65_HS1-834228961_62-HQ-83894_Section_2
Agency: FBI
Page 154
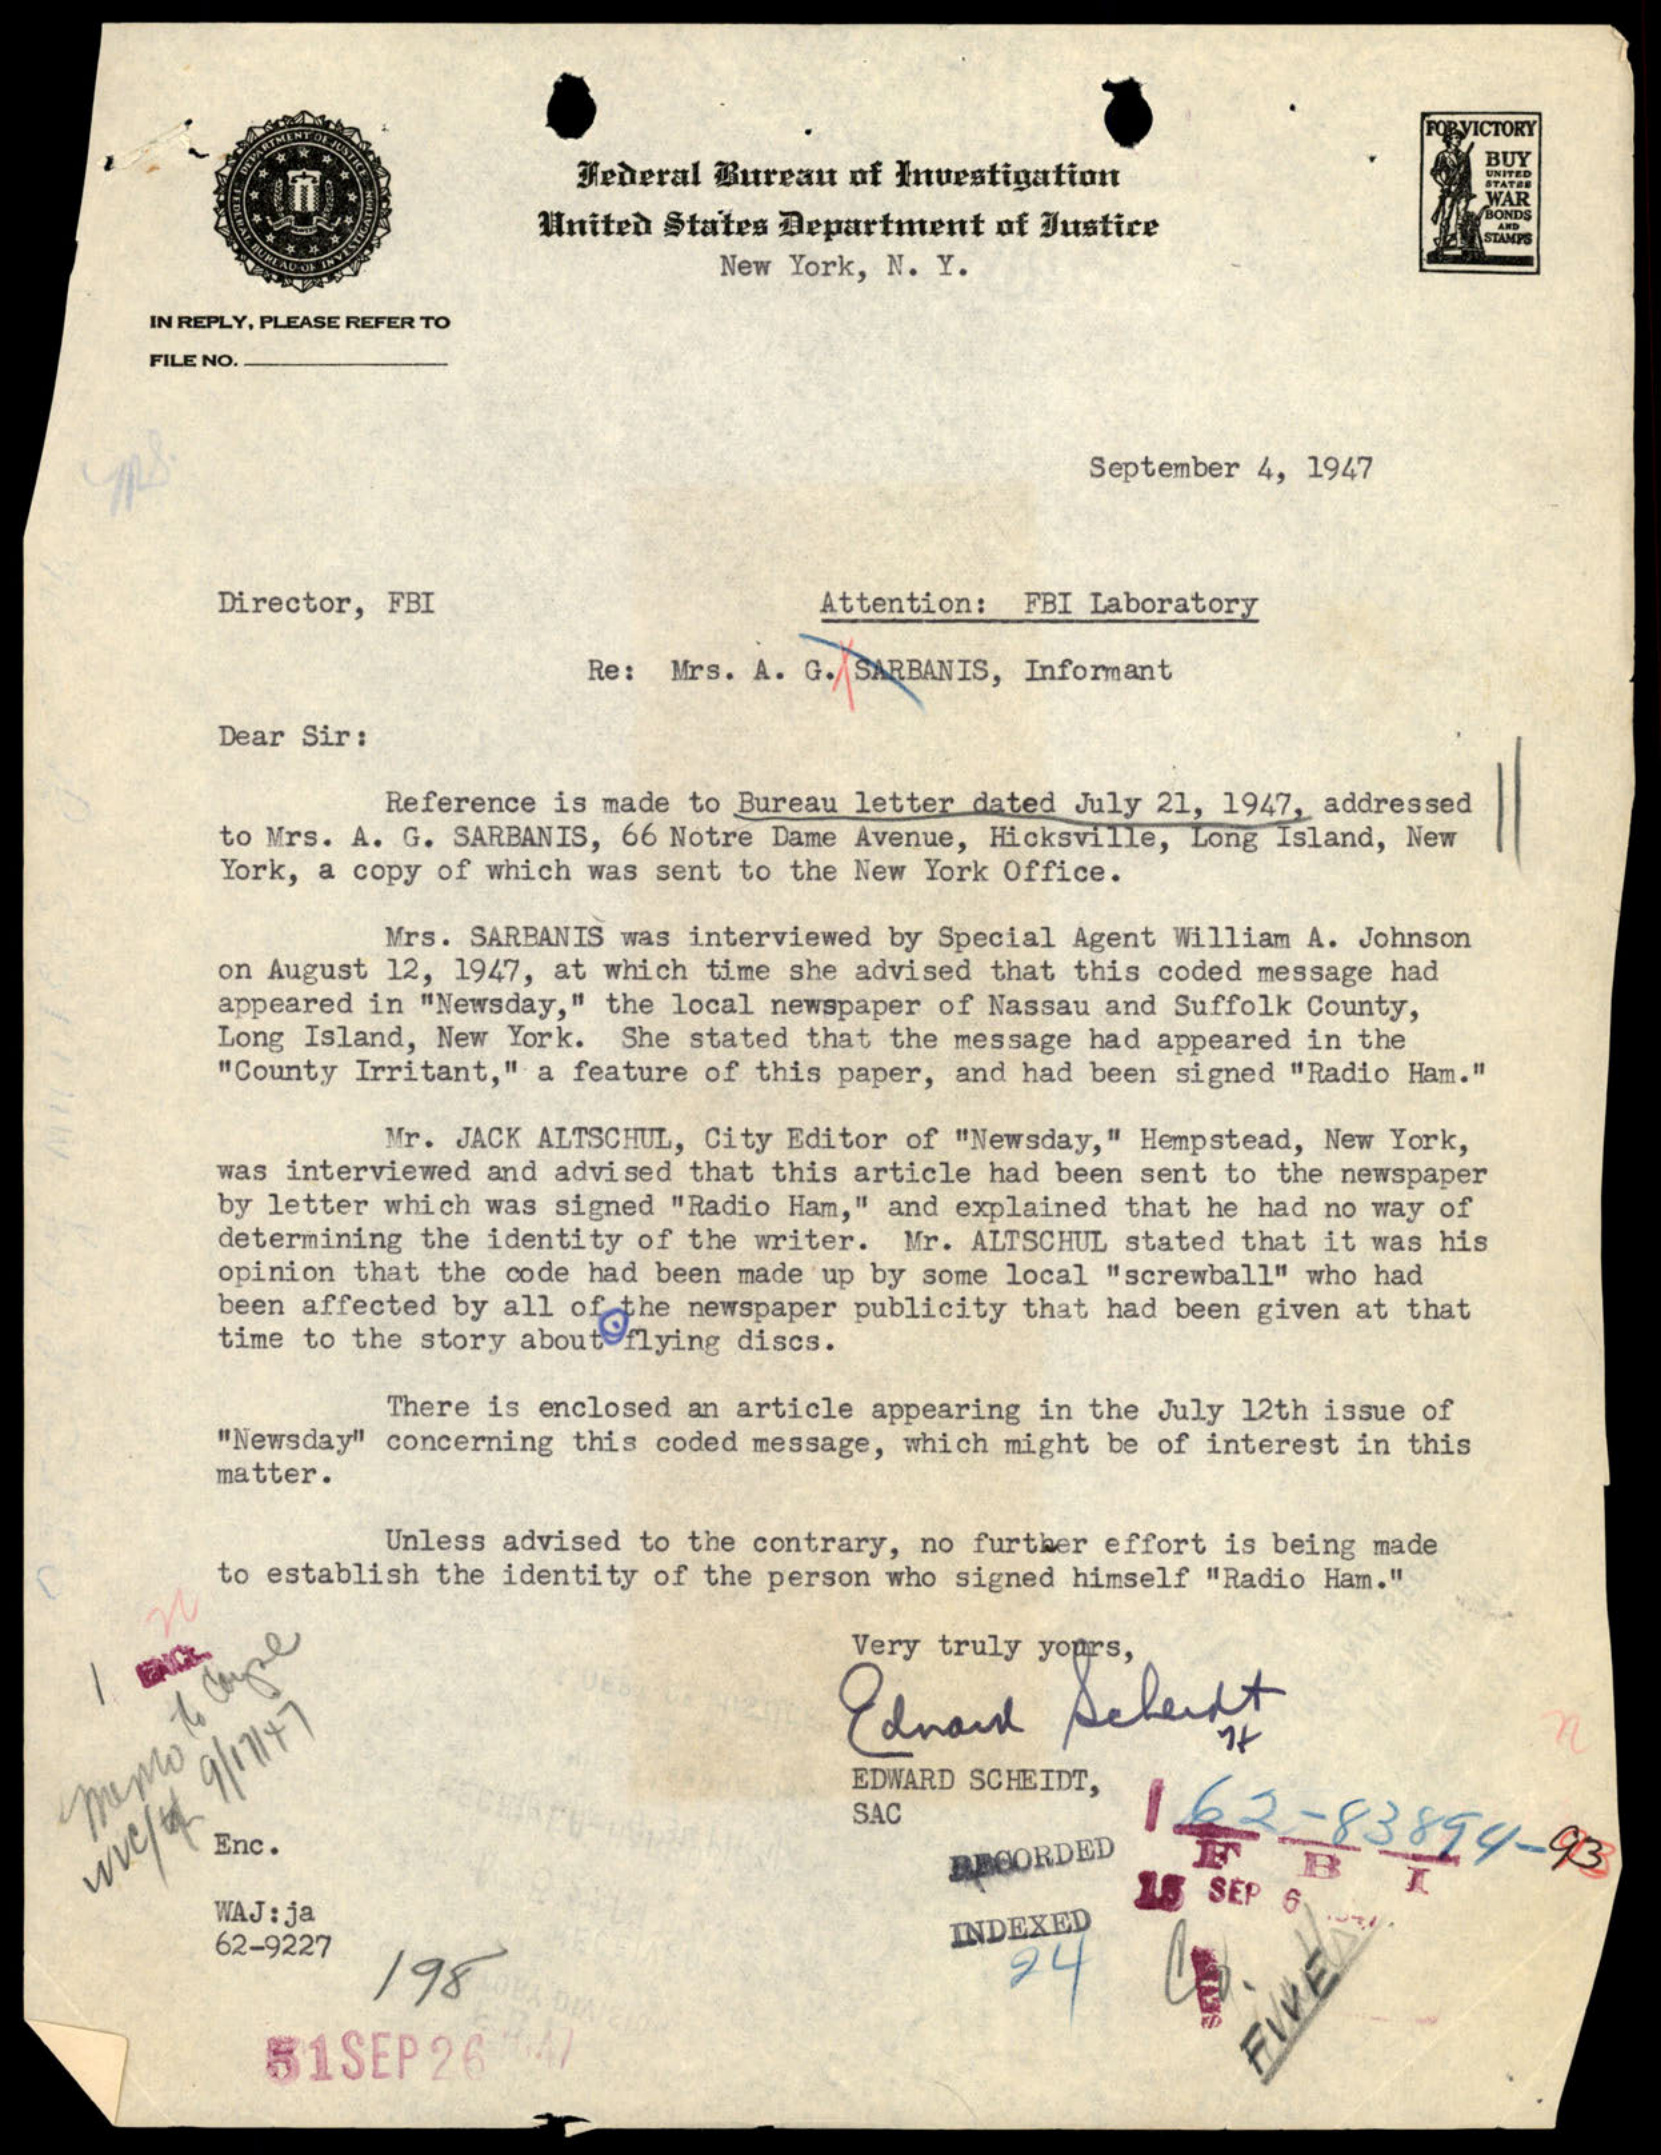